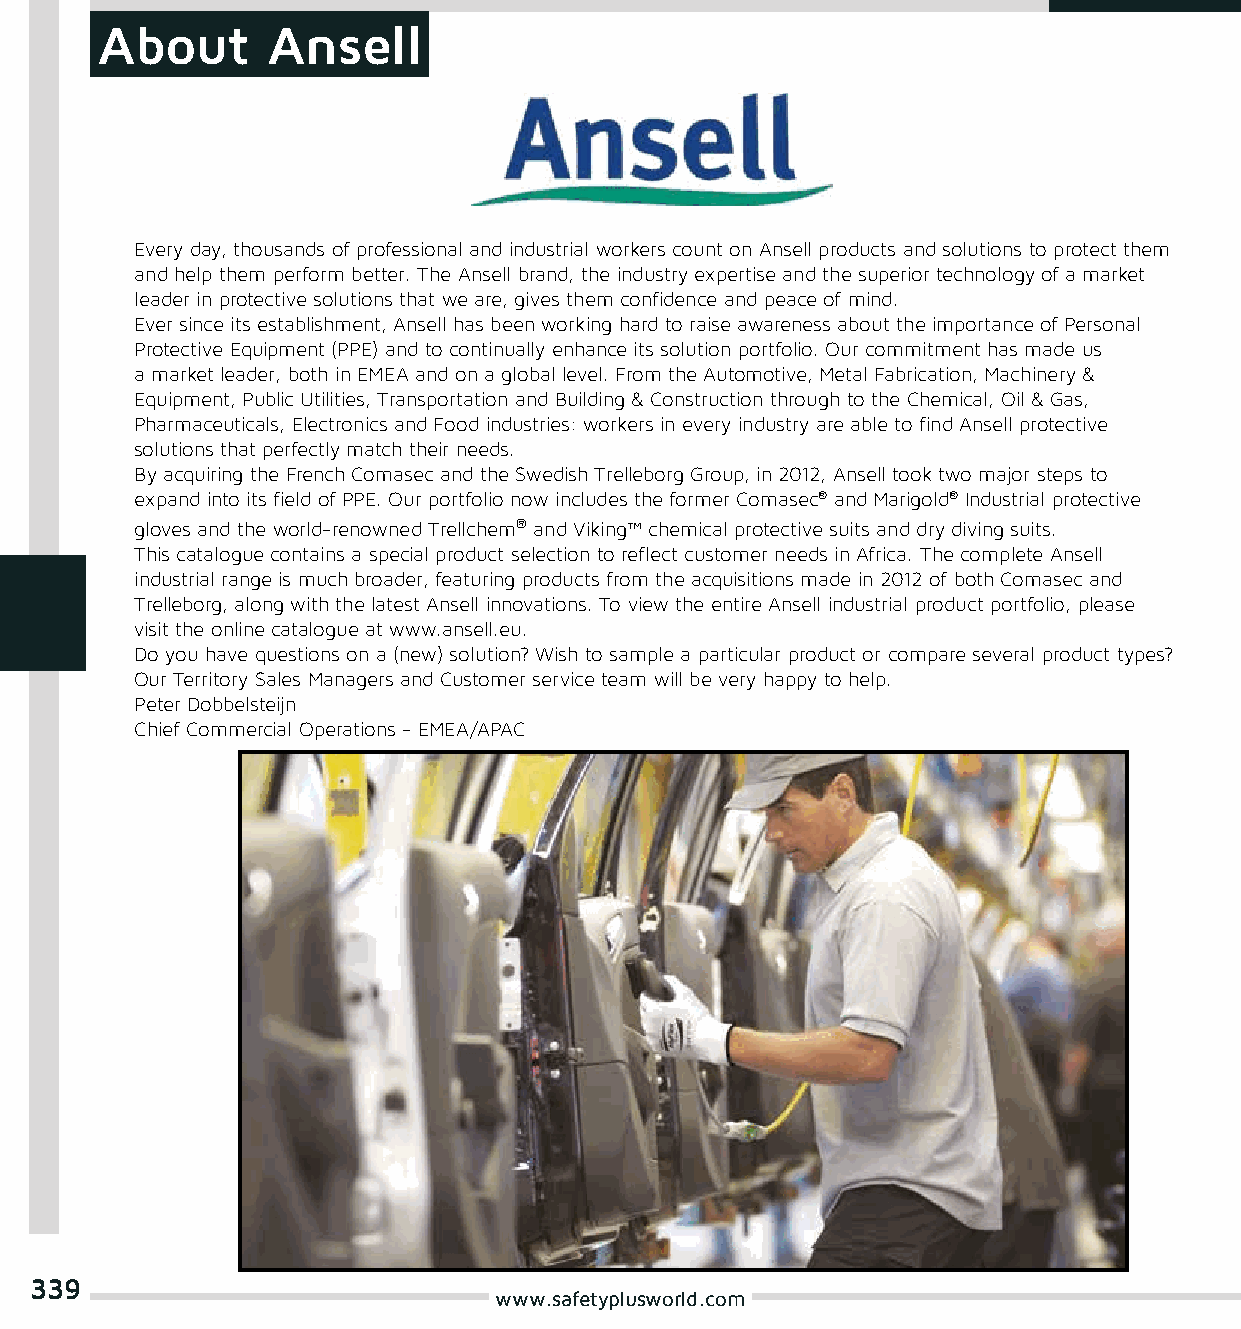
About       Ansell
 Every day, thousands of professional and industrial workers count on Ansell products and solutions to protect them
 and help them perform better. The Ansell brand, the industry expertise and the superior technology of a market
 leader in protective solutions that we are, gives them confidence and peace of mind.
 Ever since its establishment, Ansell has been working hard to raise awareness about the importance of Personal
 Protective Equipment (PPE) and to continually enhance its solution portfolio. Our commitment has made us
 a market leader, both in EMEA and on a global level. From the Automotive, Metal Fabrication, Machinery &
 Equipment, Public Utilities, Transportation and Building & Construction through to the Chemical, Oil & Gas,
 Pharmaceuticals, Electronics and Food industries: workers in every industry are able to find Ansell protective
 solutions that perfectly match their needs.
 By acquiring the French Comasec and the Swedish Trelleborg Group, in 2012, Ansell took two major steps to
 expand into its field of PPE. Our portfolio now includes the former Comasec® and Marigold® Industrial protective
 gloves and the world-renowned Trellchem® and Viking™ chemical protective suits and dry diving suits.
 This catalogue contains a special product selection to reflect customer needs in Africa. The complete Ansell
 industrial range is much broader, featuring products from the acquisitions made in 2012 of both Comasec and
 Trelleborg, along with the latest Ansell innovations. To view the entire Ansell industrial product portfolio, please
 visit the online catalogue at www.ansell.eu.
 Do you have questions on a (new) solution? Wish to sample a particular product or compare several product types?
 Our Territory Sales Managers and Customer service team will be very happy to help.
 Peter Dobbelsteijn
 Chief Commercial Operations - EMEA/APAC
 339
 www.safetyplusworld.com